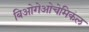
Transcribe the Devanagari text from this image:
बिओगेओचेमिकल